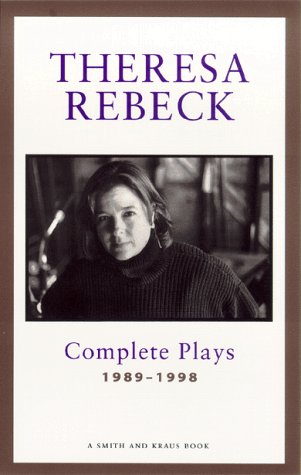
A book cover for Theresa Rebeck: Complete Plays, Vol. 1: 1989-1998; Theresa Rebeck; Literature & Fiction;